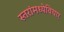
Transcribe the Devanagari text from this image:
स्तरांमध्येविचार